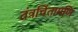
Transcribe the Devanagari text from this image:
तंत्रचिंतामणि